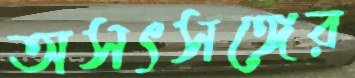
অসৎসঙ্গের